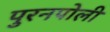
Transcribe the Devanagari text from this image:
पुरनपोली